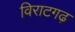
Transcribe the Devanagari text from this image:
विराटगढ़